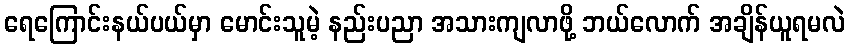
ရေကြောင်းနယ်ပယ်မှာ မောင်းသူမဲ့ နည်းပညာ အသားကျလာဖို့ ဘယ်လောက် အချိန်ယူရမလဲ